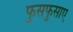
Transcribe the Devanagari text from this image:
फुसफुसाए